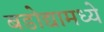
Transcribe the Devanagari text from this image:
बडोद्यामध्ये